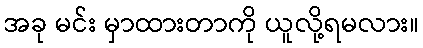
အခု မင်း မှာထားတာကို ယူလို့ရမလား။